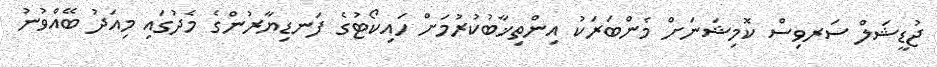
ޖުޑީޝަލް ސަރވިސް ކޮމިޝަނަށް މެންބަރަކު އިންތިޚާބުކުރުމަށް ހައިކޯޓުގެ ފަނޑިޔާރުންގެ މެދުގައި މިއަދު ބޭއްވުނު